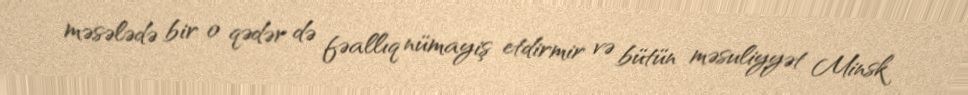
məsələdə bir o qədər də fəallıq nümayiş etdirmir və bütün məsuliyyət Minsk